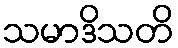
သမာဒိသတိ